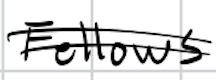
Text: Fellows
Cross-out: mix
Writing tool: digital_black